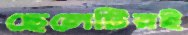
ছেলেটিরই